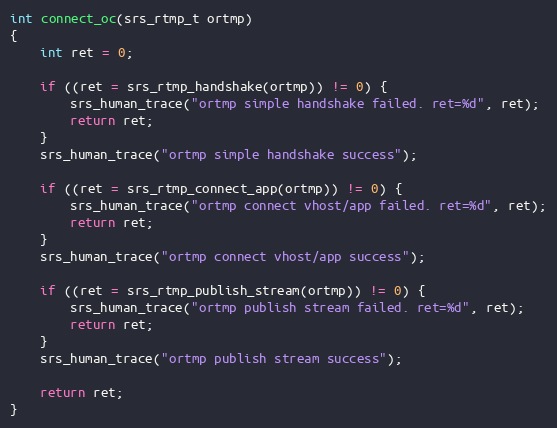
Language: C
int connect_oc(srs_rtmp_t ortmp)
{
    int ret = 0;

    if ((ret = srs_rtmp_handshake(ortmp)) != 0) {
        srs_human_trace("ortmp simple handshake failed. ret=%d", ret);
        return ret;
    }
    srs_human_trace("ortmp simple handshake success");

    if ((ret = srs_rtmp_connect_app(ortmp)) != 0) {
        srs_human_trace("ortmp connect vhost/app failed. ret=%d", ret);
        return ret;
    }
    srs_human_trace("ortmp connect vhost/app success");

    if ((ret = srs_rtmp_publish_stream(ortmp)) != 0) {
        srs_human_trace("ortmp publish stream failed. ret=%d", ret);
        return ret;
    }
    srs_human_trace("ortmp publish stream success");

    return ret;
}